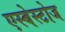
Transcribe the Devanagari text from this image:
एस्बेस्टोज